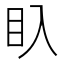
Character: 𥃱